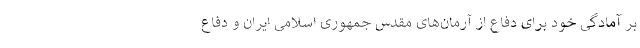
بر آمادگی خود برای دفاع از آرمان‌های مقدس جمهوری اسلامی ایران و دفاع